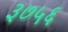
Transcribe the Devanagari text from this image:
३७५६